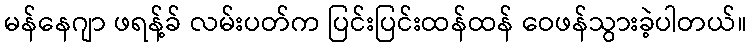
မန်နေဂျာ ဖရန့်ခ် လမ်းပတ်က ပြင်းပြင်းထန်ထန် ဝေဖန်သွားခဲ့ပါတယ်။